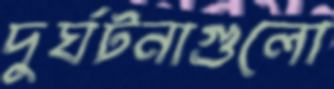
দুর্ঘটনাগুলো